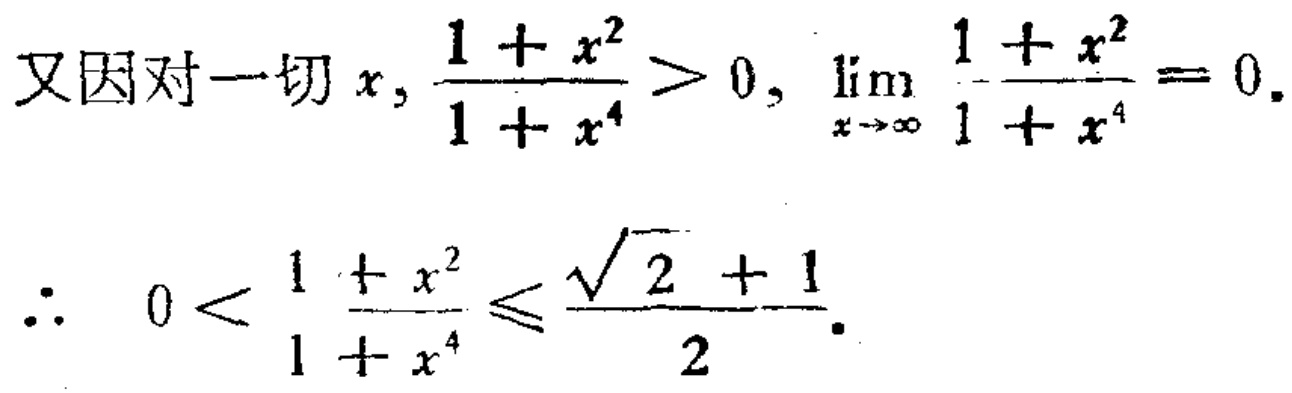
又因对一切 \(x\)，\(\frac{1 + x^{2}}{1 + x^{4}}>0\)，\(\lim_{x \to \infty} \frac{1 + x^{2}}{1 + x^{4}} = 0\)。
\(\therefore 0 < \frac{1 + x^{2}}{1 + x^{4}} \leq \frac{\sqrt{2} + 1}{2}\)。